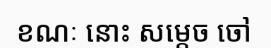
ខណៈ នោះ សម្តេច ចៅ